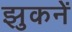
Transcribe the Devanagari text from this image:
झुकनें